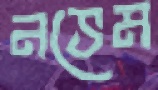
নভেম